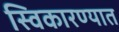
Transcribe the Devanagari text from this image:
स्विकारण्यात